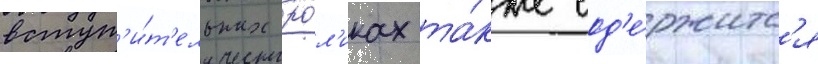
вступ'и́т'ельных ро́л'иках та́кже сод'е́ржитс'я